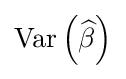
\operatorname {Var} \left({\widehat {\beta }}\right)